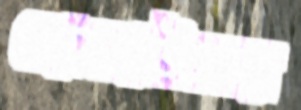
হোমগ্রাউন্ডের